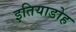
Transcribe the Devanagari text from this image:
इतियाडोह